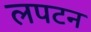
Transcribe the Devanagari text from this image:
लपटन